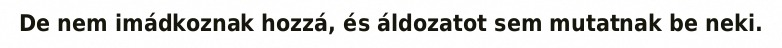
De nem imádkoznak hozzá, és áldozatot sem mutatnak be neki.